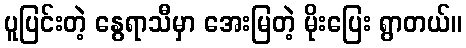
ပူပြင်းတဲ့ နွေရာသီမှာ အေးမြတဲ့ မိုးပြေး ရွာတယ်။